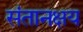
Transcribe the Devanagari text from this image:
संतानक्षय